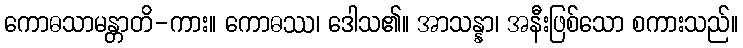
ကောဓသာမန္တာတိ-ကား။ ကောဓဿ၊ ဒေါသ၏။ အာသန္နာ၊ အနီးဖြစ်သော စကားသည်။